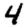
Digit: 4